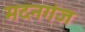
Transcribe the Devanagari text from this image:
मदनगंज